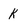
Character: k